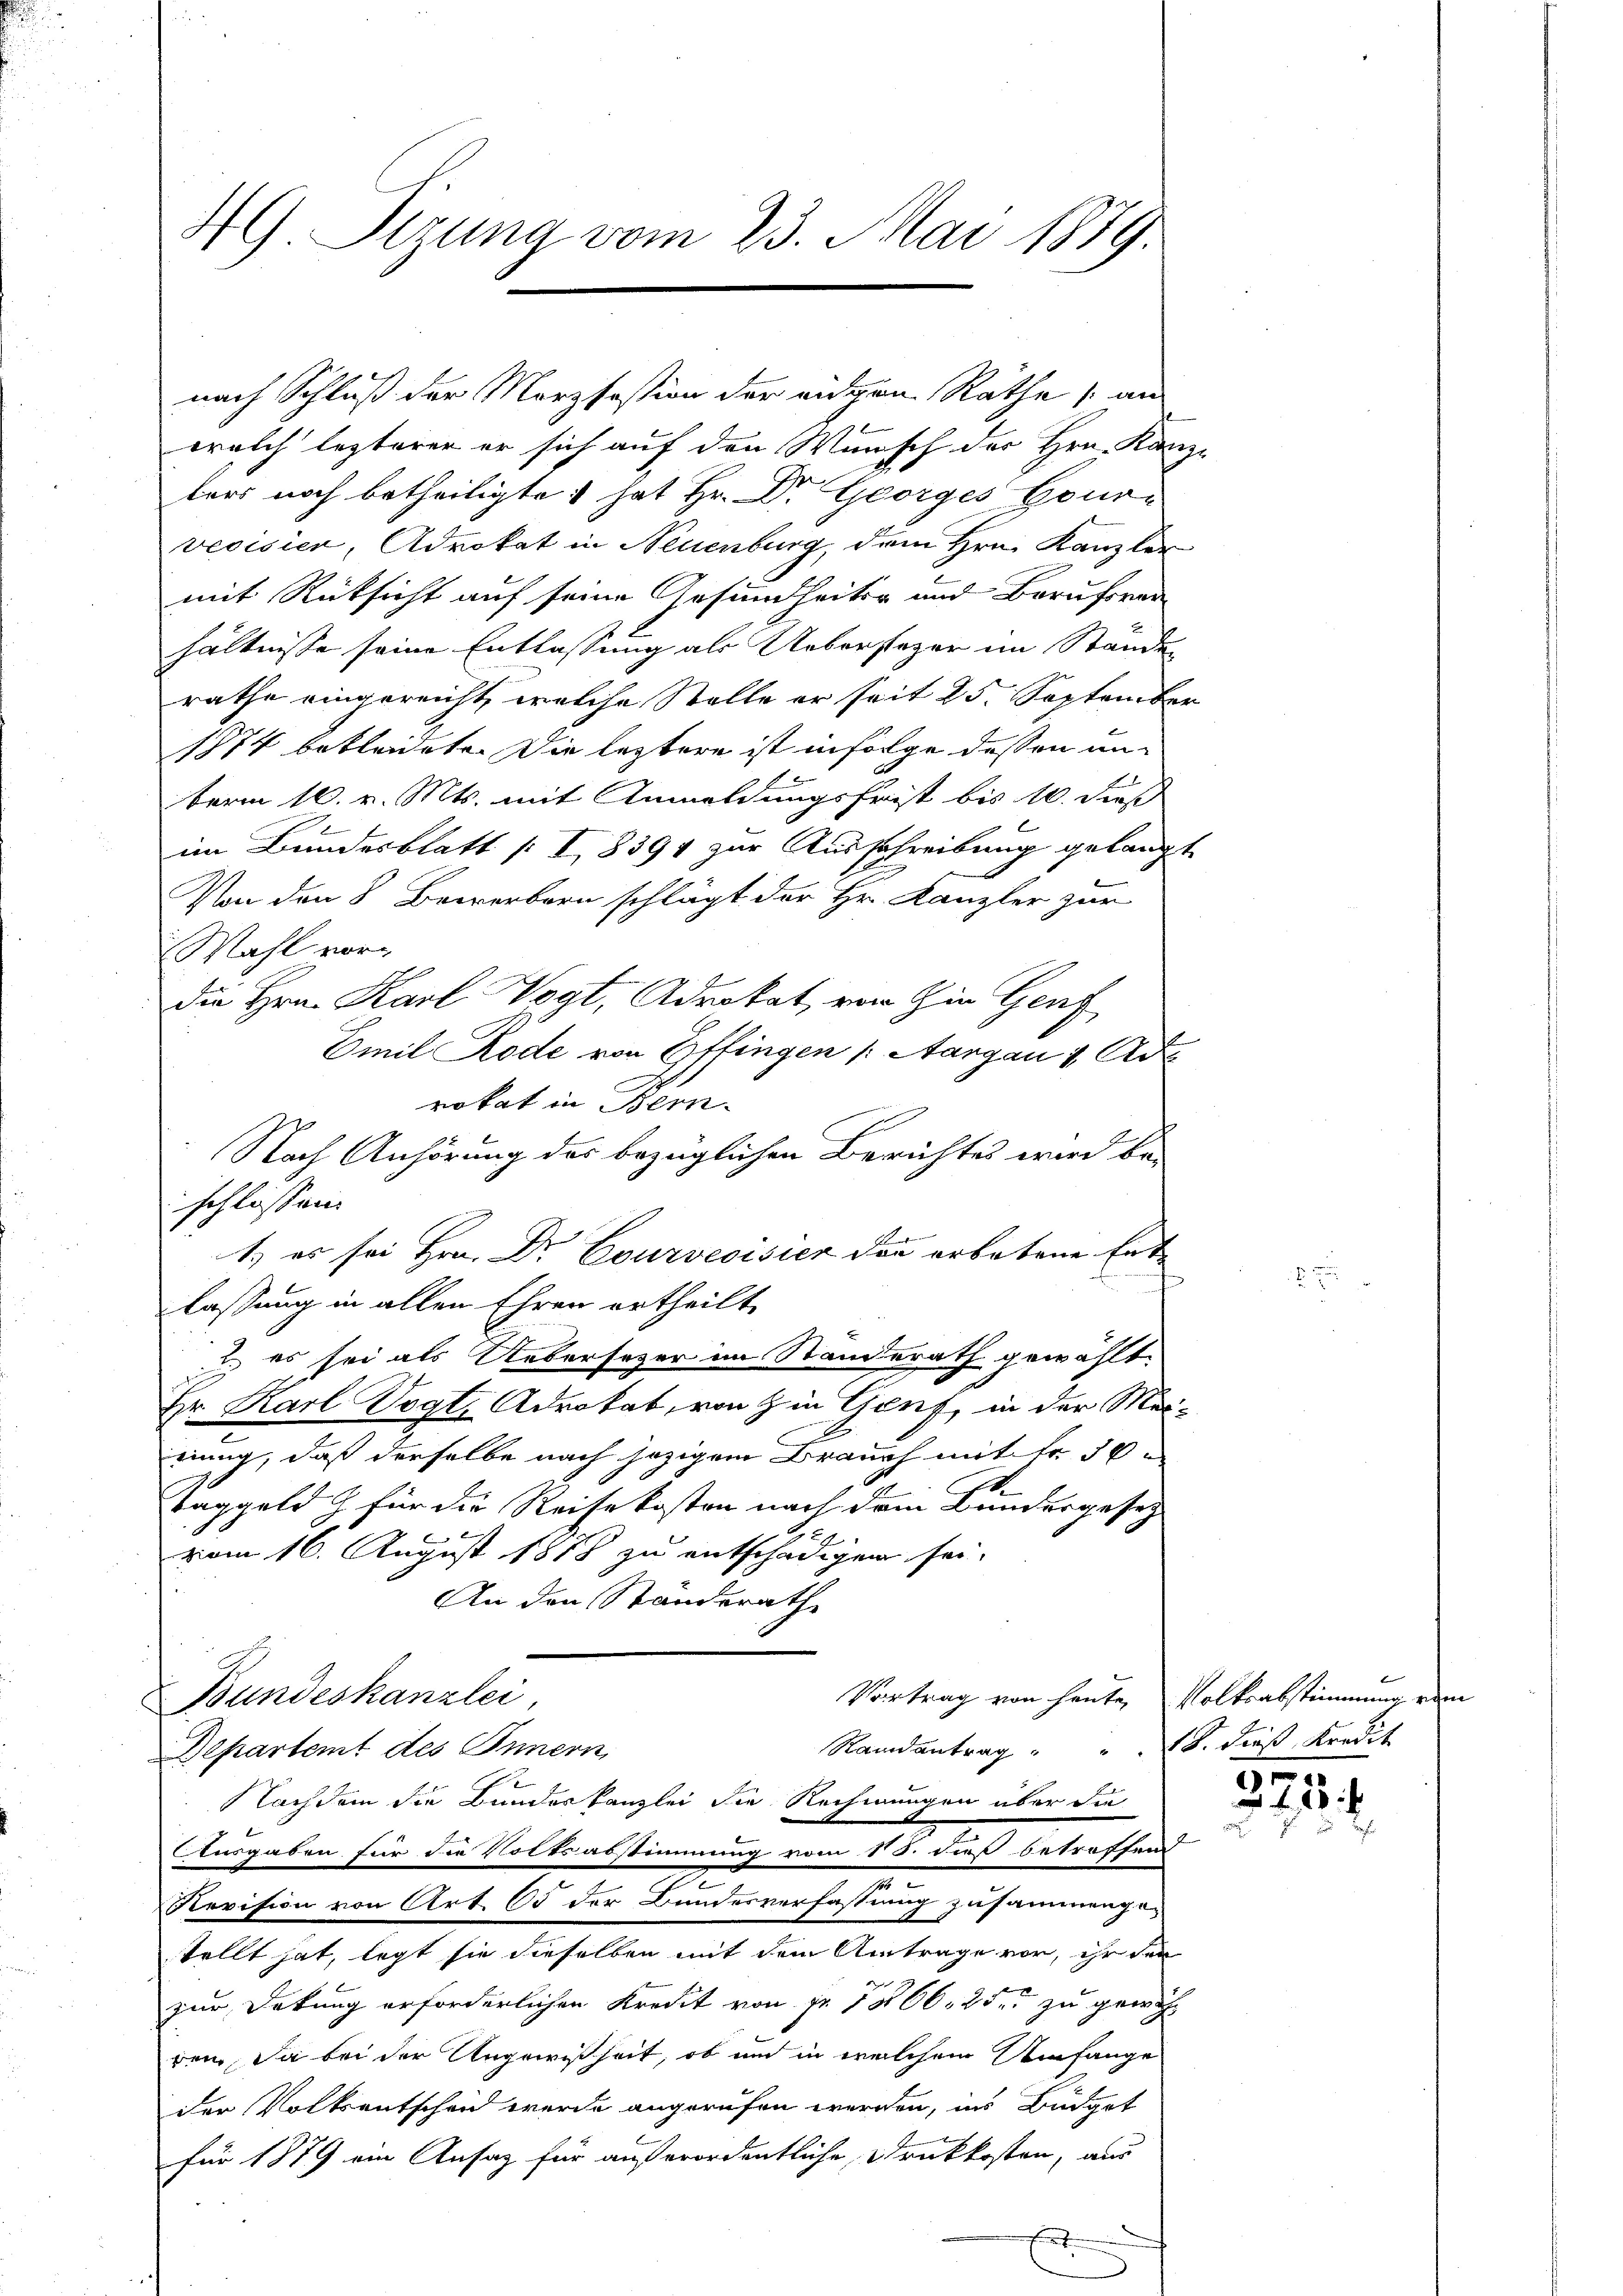
4 Tizung vom 23. Mai 1889

welch lezterer er sich auf den Wunsch der Hrn. Kanz-
ters noch betheiligte hat Hr. Dr. Georges Gour-
veoisier, Advokat in Neuenburg, dem Hrn. Kanzler
mit Rücksicht auf seine Gesundheiter und Beruford
s
hältnisse seine Entlassung als Uebersteher im Stände
rathe eingereicht, welche Stelle er seit 25. September
1874 bekleidete. Die leztere ist infolge dessen unterm 10. v. Mts. mit Anmeldungsfrist bis 10. dieß
im Bundesblatt / I, 8394 zur Ausschreibung gelangt
Von den 8 Bewerbern schlägt der Hr. Kanzler zur
Wahl vordie Hrn. Karl Vogt, Advokat, von in Genf
Emil Rode von Effingen (Aargau 1 Ade
vokat in Bern.
Nach Anhörung des bezüglichen Berichtes wird be-
schlossen.
1.) es sei Hrn. Dr. Courveoisier denn erbotene Ent¬
.
lassung in allen Ehren ertheilt,
2. es sei als Uebersezer im Standerath gewählt.
Hr. Karl Vogt, Advokat, von Zin Genf, in der Mei-
nung, daß derselbe nach jezigem Brauch mit Fr. 50
I
Taggeld für die Reisekosten nach dem Bundesgesetz
vom 16. August 1888 zu entschädigen sei.
An den Standerathe
Vortrag von heute, Volksabstimmung vom
Bundeskanzlei,
f
Randantrag " " 18. dieß, Kredit
Departemt des Innern,
Nachdem die Bundeskanzlei die Rechnungen über die
e
Ausgaben für die Volksabstimmung vom 118. dieß betroffend
.
Revision von Art. 65 der Bundesverfassung zusammengestellt hat, legt sie dieselben mit dem Antrage vor, ihr der
zur Deckung erforderlichen Kredit von pr. 1806. 25. zu gewöhn
ren. Da bei der Ungewißheit, ob und in welchem Umfange
der Volkentschen wurde angerufen werden, ins Büdget
für 1879 am Ansatz für außerordentliche Druckkosten, aus
.

nach Schluß der Merzfestion der andern Rathe an

275
1